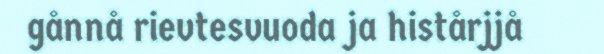
gånnå rievtesvuoda ja histårjjå